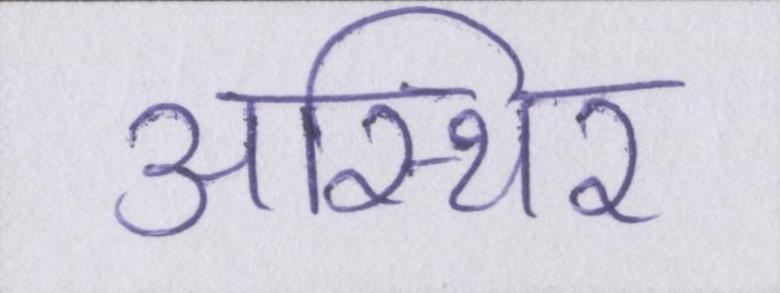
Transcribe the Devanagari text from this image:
अस्थिर